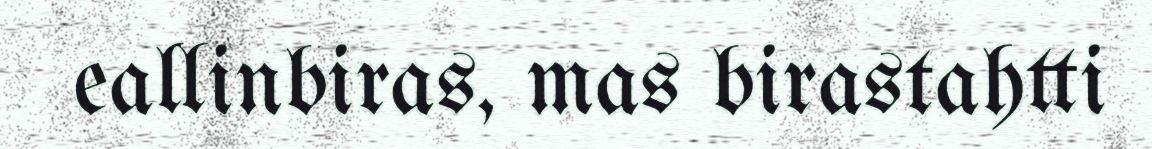
eallinbiras, mas birastahtti